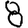
Digit: 8